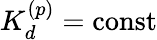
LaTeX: K_{d}^{(p)}=\mathrm{{const}}